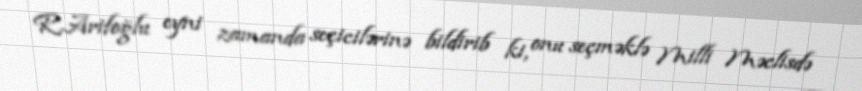
R.Arifoğlu eyni zamanda seçicilərinə bildirib ki, onu seçməklə Milli Məclisdə